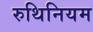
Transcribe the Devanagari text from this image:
रुथिनियम